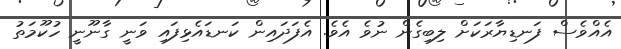
އެއްވެސް ފަނޑިޔާރަކަށް ލިބިގެން ނުވެ އެވެ. އެފަދައިން ކަނޑައެޅިފައި ވަނީ ގާނޫނީ ހުކޫމަތު